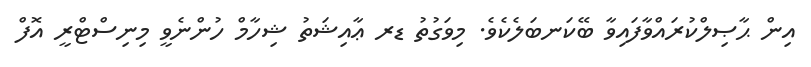
އިން ޙާޞިލްކުރައްވާފައިވާ ބޭކަނބަލެކެވެ. މިވަގުތު ޑރ ޢާއިޝަތު ޝިހާމް ހުންނެވީ މިނިސްޓްރީ އޮފް